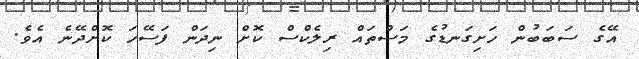
އޭގެ ސަބަބުން ހަށިގަނޑުގެ މަސްތައް ރިލެކްސް ކޮށް ނިދަން ފަސޭހަ ކޮށްދޭނެ އެވެ.